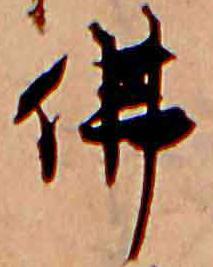
仏